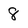
Character: 8